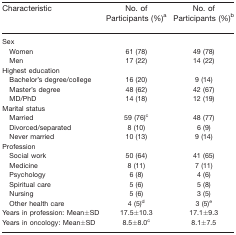
<table><thead><tr><td><b>Characteristic</b></td><td><b>No. of Participants (%)a</b></td><td><b>No. of Participants (%)b</b></td></tr></thead><tbody><tr><td>Sex</td><td></td><td></td></tr><tr><td> Women</td><td>61 (78)</td><td>49 (78)</td></tr><tr><td> Men</td><td>17 (22)</td><td>14 (22)</td></tr><tr><td>Highest education</td><td></td><td></td></tr><tr><td> Bachelor&#x27;s degree/college</td><td>16 (20)</td><td>9 (14)</td></tr><tr><td> Master&#x27;s degree</td><td>48 (62)</td><td>42 (67)</td></tr><tr><td> MD/PhD</td><td>14 (18)</td><td>12 (19)</td></tr><tr><td>Marital status</td><td></td><td></td></tr><tr><td> Married</td><td>59 (76)c</td><td>48 (77)</td></tr><tr><td> Divorced/separated</td><td>8 (10)</td><td>6 (9)</td></tr><tr><td> Never married</td><td>10 (13)</td><td>9 (14)</td></tr><tr><td>Profession</td><td></td><td></td></tr><tr><td> Social work</td><td>50 (64)</td><td>41 (65)</td></tr><tr><td> Medicine</td><td>8 (11)</td><td>7 (11)</td></tr><tr><td> Psychology</td><td>6 (8)</td><td>4 (6)</td></tr><tr><td> Spiritual care</td><td>5 (6)</td><td>5 (8)</td></tr><tr><td> Nursing</td><td>5 (6)</td><td>3 (5)</td></tr><tr><td> Other health care</td><td>4 (5)d</td><td>3 (5)e</td></tr><tr><td>Years in profession: Mean±SD</td><td>17.5±10.3</td><td>17.1±9.3</td></tr><tr><td>Years in oncology: Mean±SD</td><td>8.5±8.0c</td><td>8.1±7.5</td></tr></tbody></table>